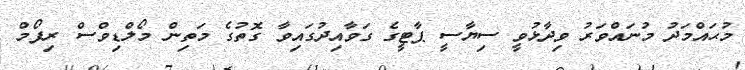
މުޙައްމަދު މުނައްވަރު ވިދާޅުވީ ސިޔާސީ ޕާޓީގެ ގަވާއިދުގައިވާ ގޮތުގެ މަތިން މޯލްޑިވްސް ރިފޯމް